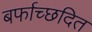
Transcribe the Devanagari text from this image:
बर्फाच्छदित